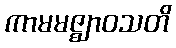
ကာမမဇ္ဈာဝသတိ